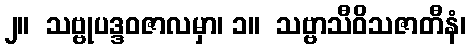
၂။  သဗ္ဗုပဒ္ဒဝဇာလမှာ၊ ၁။  သဗ္ဗာသီဝိသဇာတီနံ၊